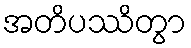
အတိပဿိတွာ